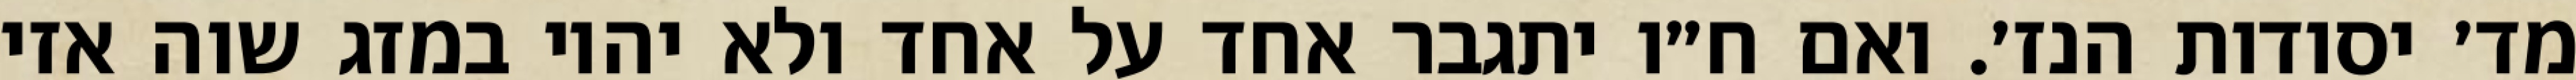
מד׳ יסודות הנז׳. ואם ח״ו יתגבר אחד על אחד ולא יהיו במזג שוה אזי